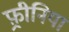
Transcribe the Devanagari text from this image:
फ़्रीनिया